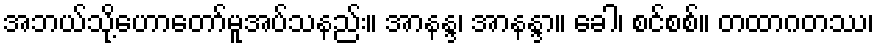
အဘယ်သို့ဟောတော်မူအပ်သနည်း။ အာနန္ဒ၊ အာနန္ဒာ။ ခေါ၊ စင်စစ်။ တထာဂတဿ၊